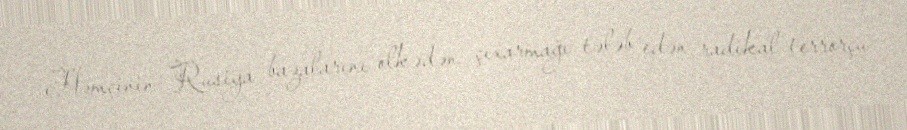
Həmçinin Rusiya bazalarını ölkədən çıxarmağı tələb edən radikal-terrorçu